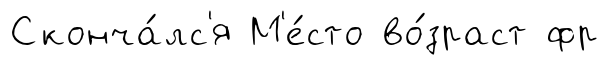
Сконча́лс'я М'е́сто во́зраст фр